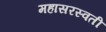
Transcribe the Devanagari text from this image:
महासरस्‍वती